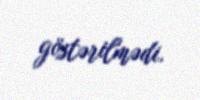
göstərilmədi.